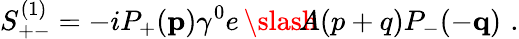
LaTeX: S_{+-}^{(1)}=-iP_{+}({\mathbf p})\gamma^{0}e\, \slash\! \! \! \! A(p+q)P_{-}(-{\mathbf q})\, \, .